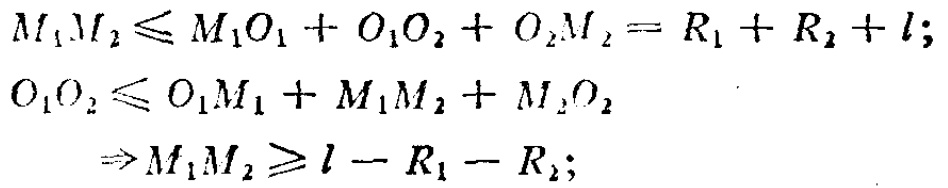
\[
\begin{align*}
M_1M_2&\leqslant M_1O_1 + O_1O_2 + O_2M_2 = R_1 + R_2 + l;\\
O_1O_2&\leqslant O_1M_1 + M_1M_2 + M_2O_2\\
&\Rightarrow M_1M_2\geqslant l - R_1 - R_2;
\end{align*}
\]